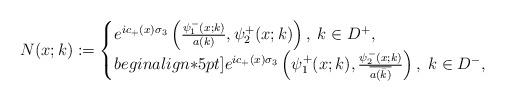
LaTeX: \begin{align*} N(x;k):=\begin{cases} e^{ic_+(x)\sigma_3}\left(\frac{\psi_1^-(x;k)}{a(k)}, \psi_2^+(x;k)\right), \; k\in D^+,\\begin{align*}5pt] e^{ic_+(x)\sigma_3}\left(\psi_1^+(x;k),\frac{\psi_2^-(x;k)}{\overline{a(\bar{k})}}\right), \; k\in D^-, \end{cases} \end{align*}